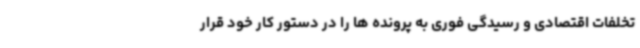
تخلفات اقتصادی و رسیدگی فوری به پرونده ها را در دستور کار خود قرار